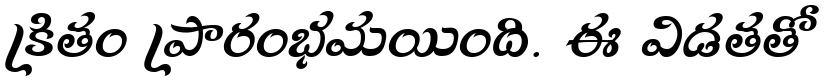
క్రితం ప్రారంభమయింది. ఈ విడతతో